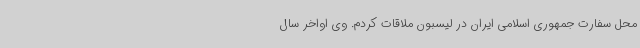
محل سفارت جمهوری اسلامی ایران در لیسبون ملاقات کردم. وی اواخر سال